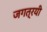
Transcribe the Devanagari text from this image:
जगत्रयी